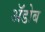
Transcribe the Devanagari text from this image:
ॲडोब